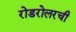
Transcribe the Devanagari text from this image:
रोडरोलरची